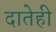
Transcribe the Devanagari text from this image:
दातेही